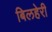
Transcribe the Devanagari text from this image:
बिलहेरी